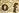
of